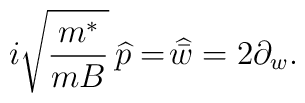
i\sqrt{\frac{m^*}{mB}}\,\widehat{p}=\widehat{\!\bar{w}}=2\partial_{w}.